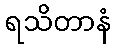
ရသိတာနံ